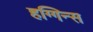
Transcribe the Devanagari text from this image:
हग्गिन्स